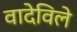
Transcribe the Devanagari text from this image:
वादेविले